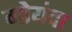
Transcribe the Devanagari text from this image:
गोयंदा